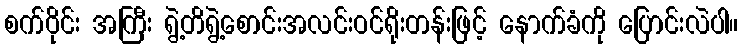
စက်ဝိုင်း အကြီး ရွဲ့တိရွဲ့စောင်းအလင်းဝင်ရိုးတန်းဖြင့် နောက်ခံကို ပြောင်းလဲပါ။